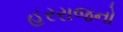
હરરાજનો